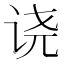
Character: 𫍢